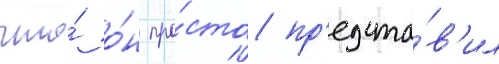
что́ о́н про́сто пр'едста́в'ил